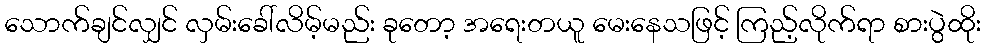
သောက်ချင်လျှင် လှမ်းခေါ်လိမ့်မည်း ခုတော့ အရေးတယူ မေးနေသဖြင့် ကြည့်လိုက်ရာ စားပွဲထိုး